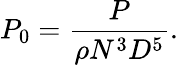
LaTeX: P_{0}=\frac{P}{\rho N^{3}D^{5}}.